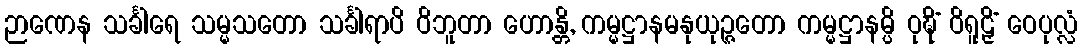
ဉာဏေန သင်္ခါရေ သမ္မသတော သင်္ခါရာပိ ဝိဘူတာ ဟောန္တိ, ကမ္မဋ္ဌာနမနုယုဉ္ဇတော ကမ္မဋ္ဌာနမ္ပိ ဝုဍ္ဎိံ ဝိရူဠှိံ ဝေပုလ္လံ